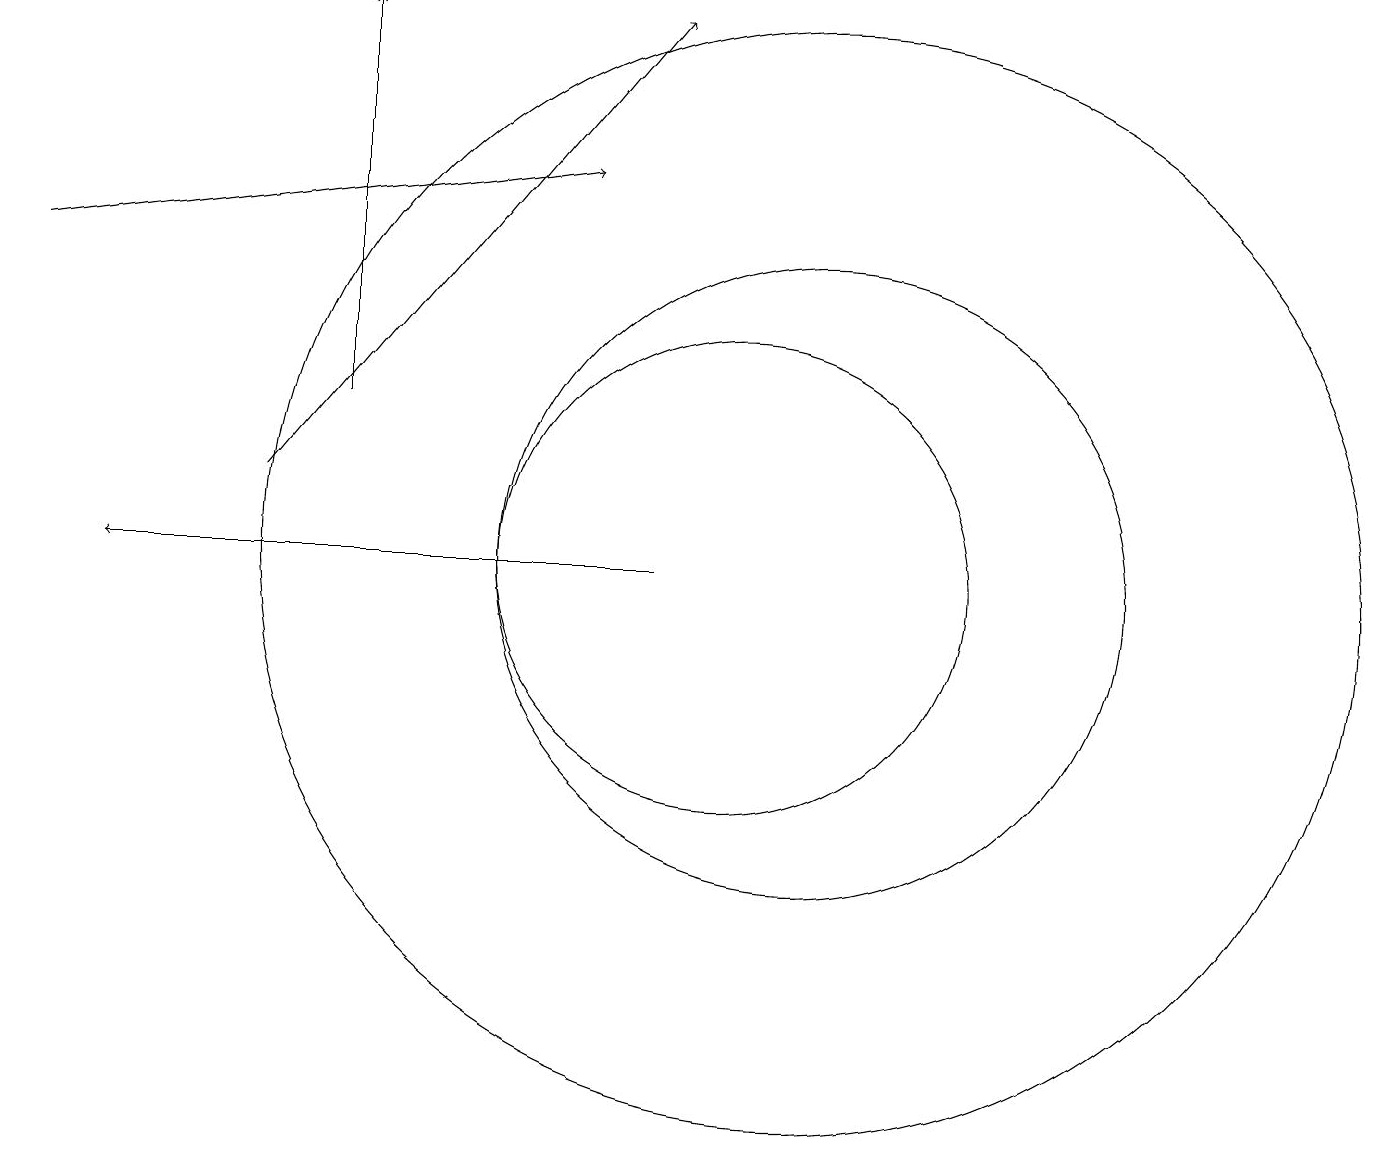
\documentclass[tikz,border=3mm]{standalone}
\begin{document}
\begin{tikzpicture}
\draw[->] (4,12) -- (9,18);
\draw (10,11) circle (3);
\draw[->] (5,13) -- (5,18);
\draw[->] (1,15) -- (8,16);
\draw[->] (9,11) -- (2,11);
\draw (11,11) circle (7);
\draw (11,11) circle (4);
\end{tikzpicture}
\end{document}